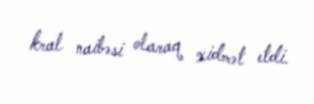
kral naibəsi olaraq xidmət etdi.